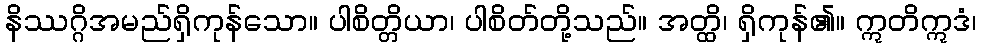
နိဿဂ္ဂိအမည်ရှိကုန်သော။ ပါစိတ္တိယာ၊ ပါစိတ်တို့သည်။ အတ္ထိ၊ ရှိကုန်၏။ ဣတိဣဒံ၊